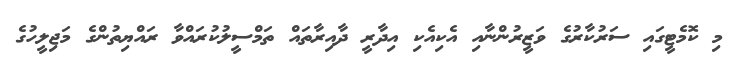
މި ކޮމެޓީގައި ސަރުކާރުގެ ވަޒީރުންނާއި އެކިއެކި އިދާރީ ދާއިރާތައް ތަމްސީލުކުރައްވާ ރައްޔިތުންގެ މަޖިލީހުގެ